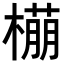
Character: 𬄡